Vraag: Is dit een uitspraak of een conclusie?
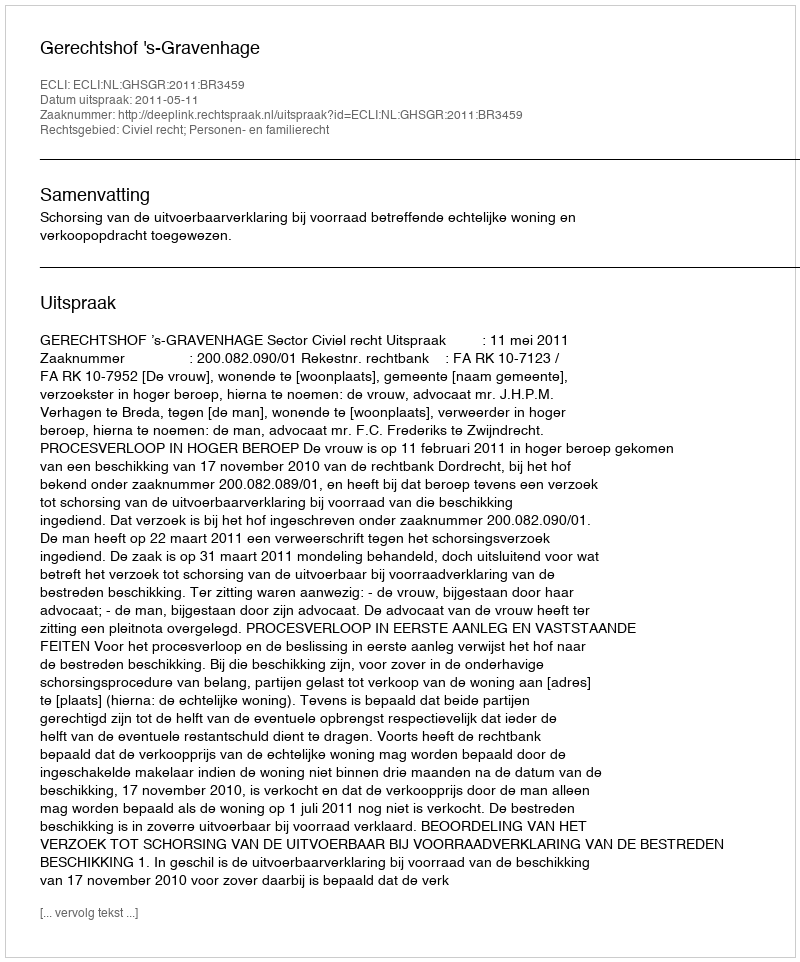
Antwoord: Uitspraak